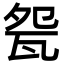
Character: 㼝